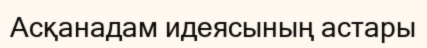
Асқанадам идеясының астары